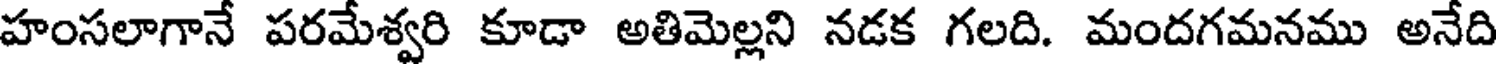
హంసలాగానే పరమేశ్వరి కూడా అతిమెల్లని నడక గలది. మందగమనము అనేది